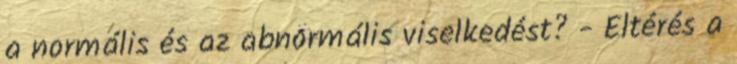
a normális és az abnormális viselkedést? - Eltérés a